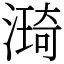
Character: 𣾏